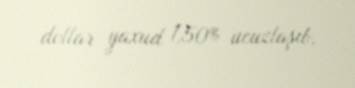
dollar yaxud 1,50% ucuzlaşıb.